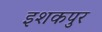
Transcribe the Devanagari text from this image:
इशकपुर